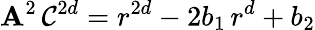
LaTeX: \mathbf{A}^{2}\, \mathcal{C}^{2d}=r^{2d}-2b_{1}\, r^{d}+b_{2}